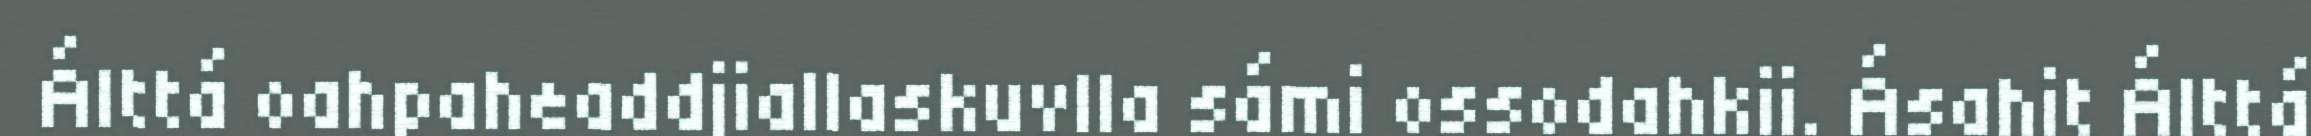
Álttá oahpaheaddjiallaskuvlla sámi ossodahkii. Ásahit Álttá